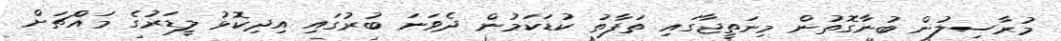
މުރާސިލުން ބުނާގޮތުން މިނަތީޖާގައި ތަފާތު ކުޑަކަމުން ދެވަނަ ބުރުގައި އިދިކޮޅު ލީޑަރުގެ މައްޗަށް